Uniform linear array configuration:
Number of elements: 16
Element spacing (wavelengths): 1
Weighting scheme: exponential
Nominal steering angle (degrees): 45
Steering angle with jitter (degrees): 44.943
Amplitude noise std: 0.05
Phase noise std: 0.05

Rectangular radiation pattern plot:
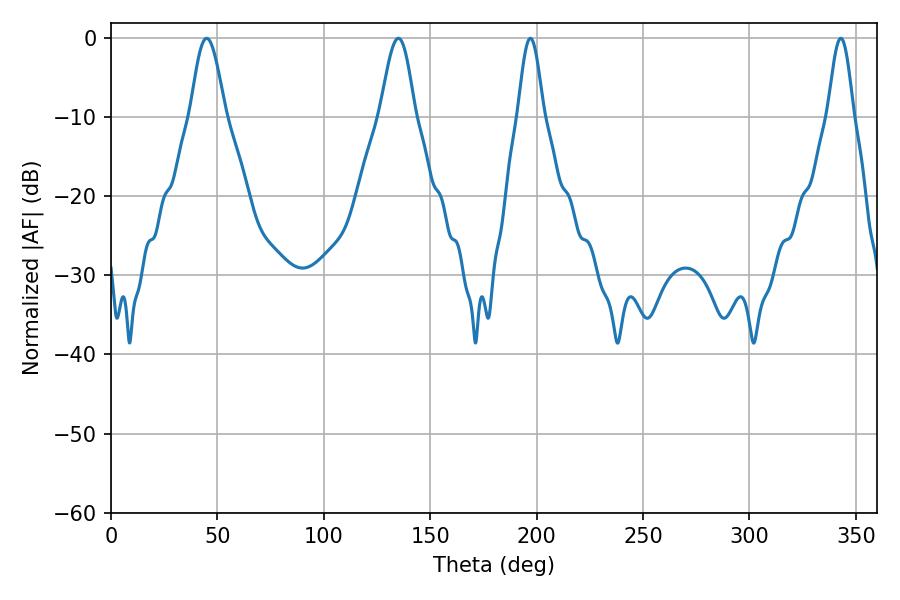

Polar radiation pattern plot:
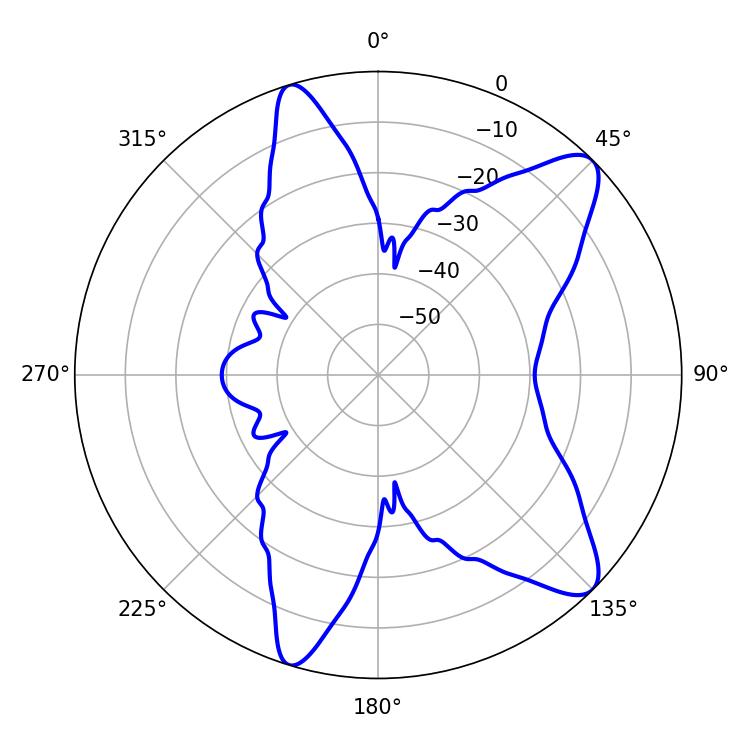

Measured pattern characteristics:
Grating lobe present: TRUE
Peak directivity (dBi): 10.487
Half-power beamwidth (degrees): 8.82
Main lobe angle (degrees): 45